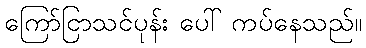
ကြော်ငြာသင်ပုန်း ပေါ် ကပ်နေသည်။